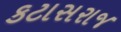
કટાસરાજ